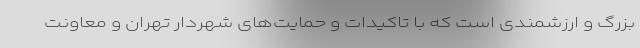
بزرگ و ارزشمندی است که با تاکیدات و حمایت‌های شهردار تهران و معاونت